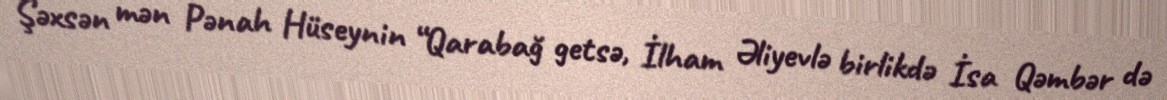
Şəxsən mən Pənah Hüseynin “Qarabağ getsə, İlham Əliyevlə birlikdə İsa Qəmbər də